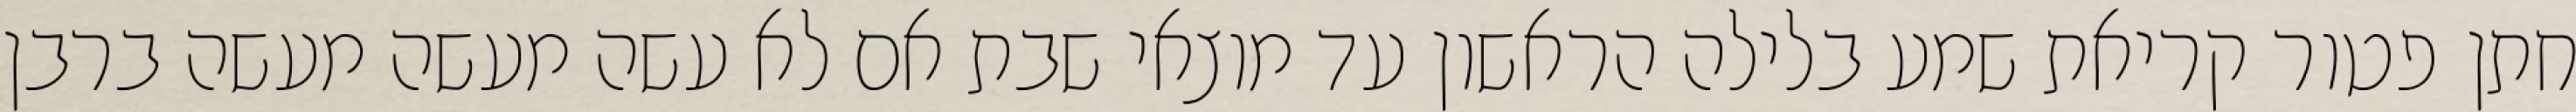
חתן פטור קריאת שמע בלילה הראשון עד מוצאי שבת אם לא עשה מעשה מעשה ברבן